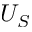
U _ { S }